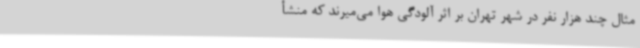
مثال چند هزار نفر در شهر تهران بر اثر آلودگی هوا می‌میرند که منشأ